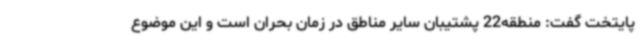
پایتخت گفت: منطقه22 پشتیبان سایر مناطق در زمان بحران است و این موضوع